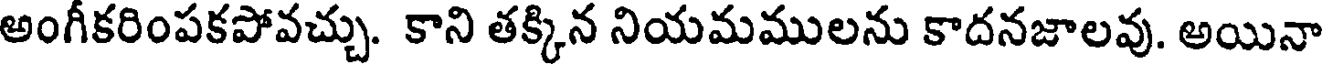
అంగీకరింపకపోవచ్చు. కాని తక్కిన నియమములను కాదనజాలవు. అయినా